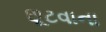
છૂટવાના